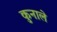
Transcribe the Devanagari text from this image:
कुनाले